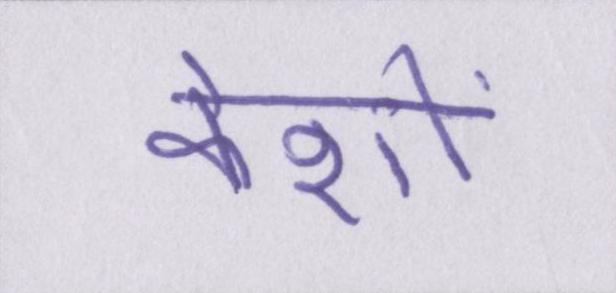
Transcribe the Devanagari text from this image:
केशों